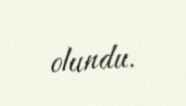
olundu.